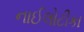
નાઈલોટીકા